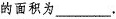
的面积为___.